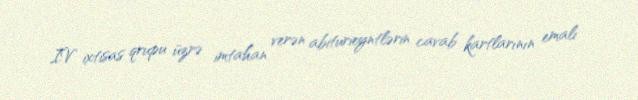
IV ixtisas qrupu üzrə imtahan verən abiturieyntlərin cavab kartlarının emalı